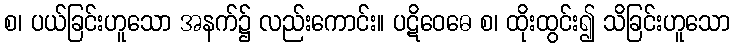
စ၊ ပယ်ခြင်းဟူသော အနက်၌ လည်းကောင်း။ ပဋိဝေဓေ စ၊ ထိုးထွင်း၍ သိခြင်းဟူသော